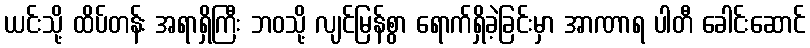
ယင်းသို့ ထိပ်တန်း အရာရှိကြီး ဘဝသို့ လျင်မြန်စွာ ရောက်ရှိခဲ့ခြင်းမှာ အာဏာရ ပါတီ ခေါင်းဆောင်